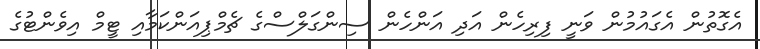
އެގޮތުން އެގައުމުން ވަނީ ފިރިހެން އަދި އަންހެން ސިންގަލްސްގެ ޗެމްޕިއަންކަމާއި ޓީމް އިވެންޓުގެ